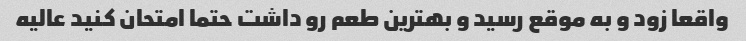
واقعا زود و به موقع رسید و بهترین طعم رو داشت حتما امتحان کنید عالیه